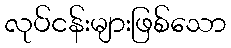
လုပ်ငန်းများဖြစ်သော